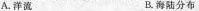
A.洋流 B.海陆分布